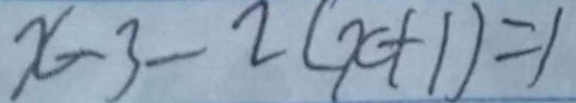
x - 3 - 2 ( x + 1 ) = 1